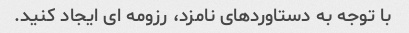
با توجه به دستاوردهای نامزد، رزومه ای ایجاد کنید.